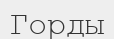
Горды